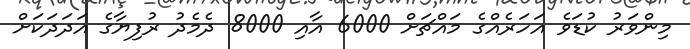
މިންވަރު ކުޑަވެ އަހަރެއްގެ މައްޗަށް 6000 އާއި 8000 ދެމެދު ރުފިޔާގެ އަދަދަކަށް